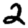
Digit: 2